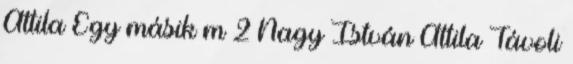
Attila Egy másik m 2 Nagy István Attila Távoli